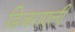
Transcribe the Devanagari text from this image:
डिजराएली